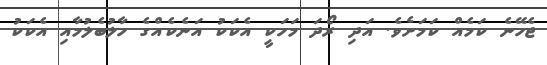
ޖެހޭނެ ކަމެއް ކަމަށެވެ. އަދި ރޯދަ މަހަކީ އެކަކު އަނެކެއްގެ ހާލުބެލުމާއި އެކަކު